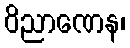
ဝိညာဏေန၊